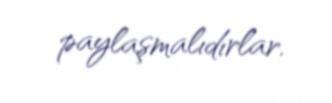
paylaşmalıdırlar.